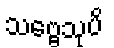
သဗ္ဗေသုပိ